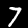
Label: 7